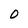
Character: O